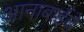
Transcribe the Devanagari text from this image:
आनाबाईचे